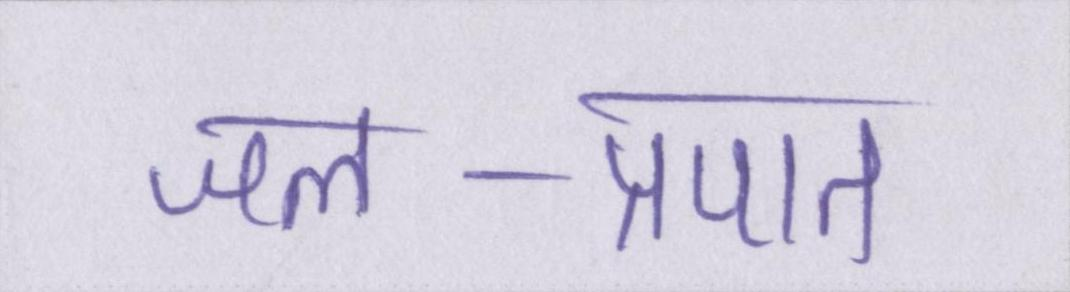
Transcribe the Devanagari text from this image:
जल-प्रपात